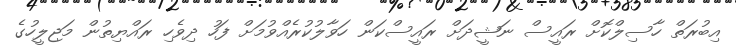
އިބުރަތް ހާސިލްކޮށް ރައީސް ނަޝީދަށް ރައީސްކަން ހަވާލުކުރެއްވުމަށް ފަހު ދިވެހި ރައްޔިތުން މަޖިލީހުގެ